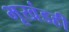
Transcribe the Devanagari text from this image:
भूखंडही